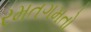
રમતગમતો